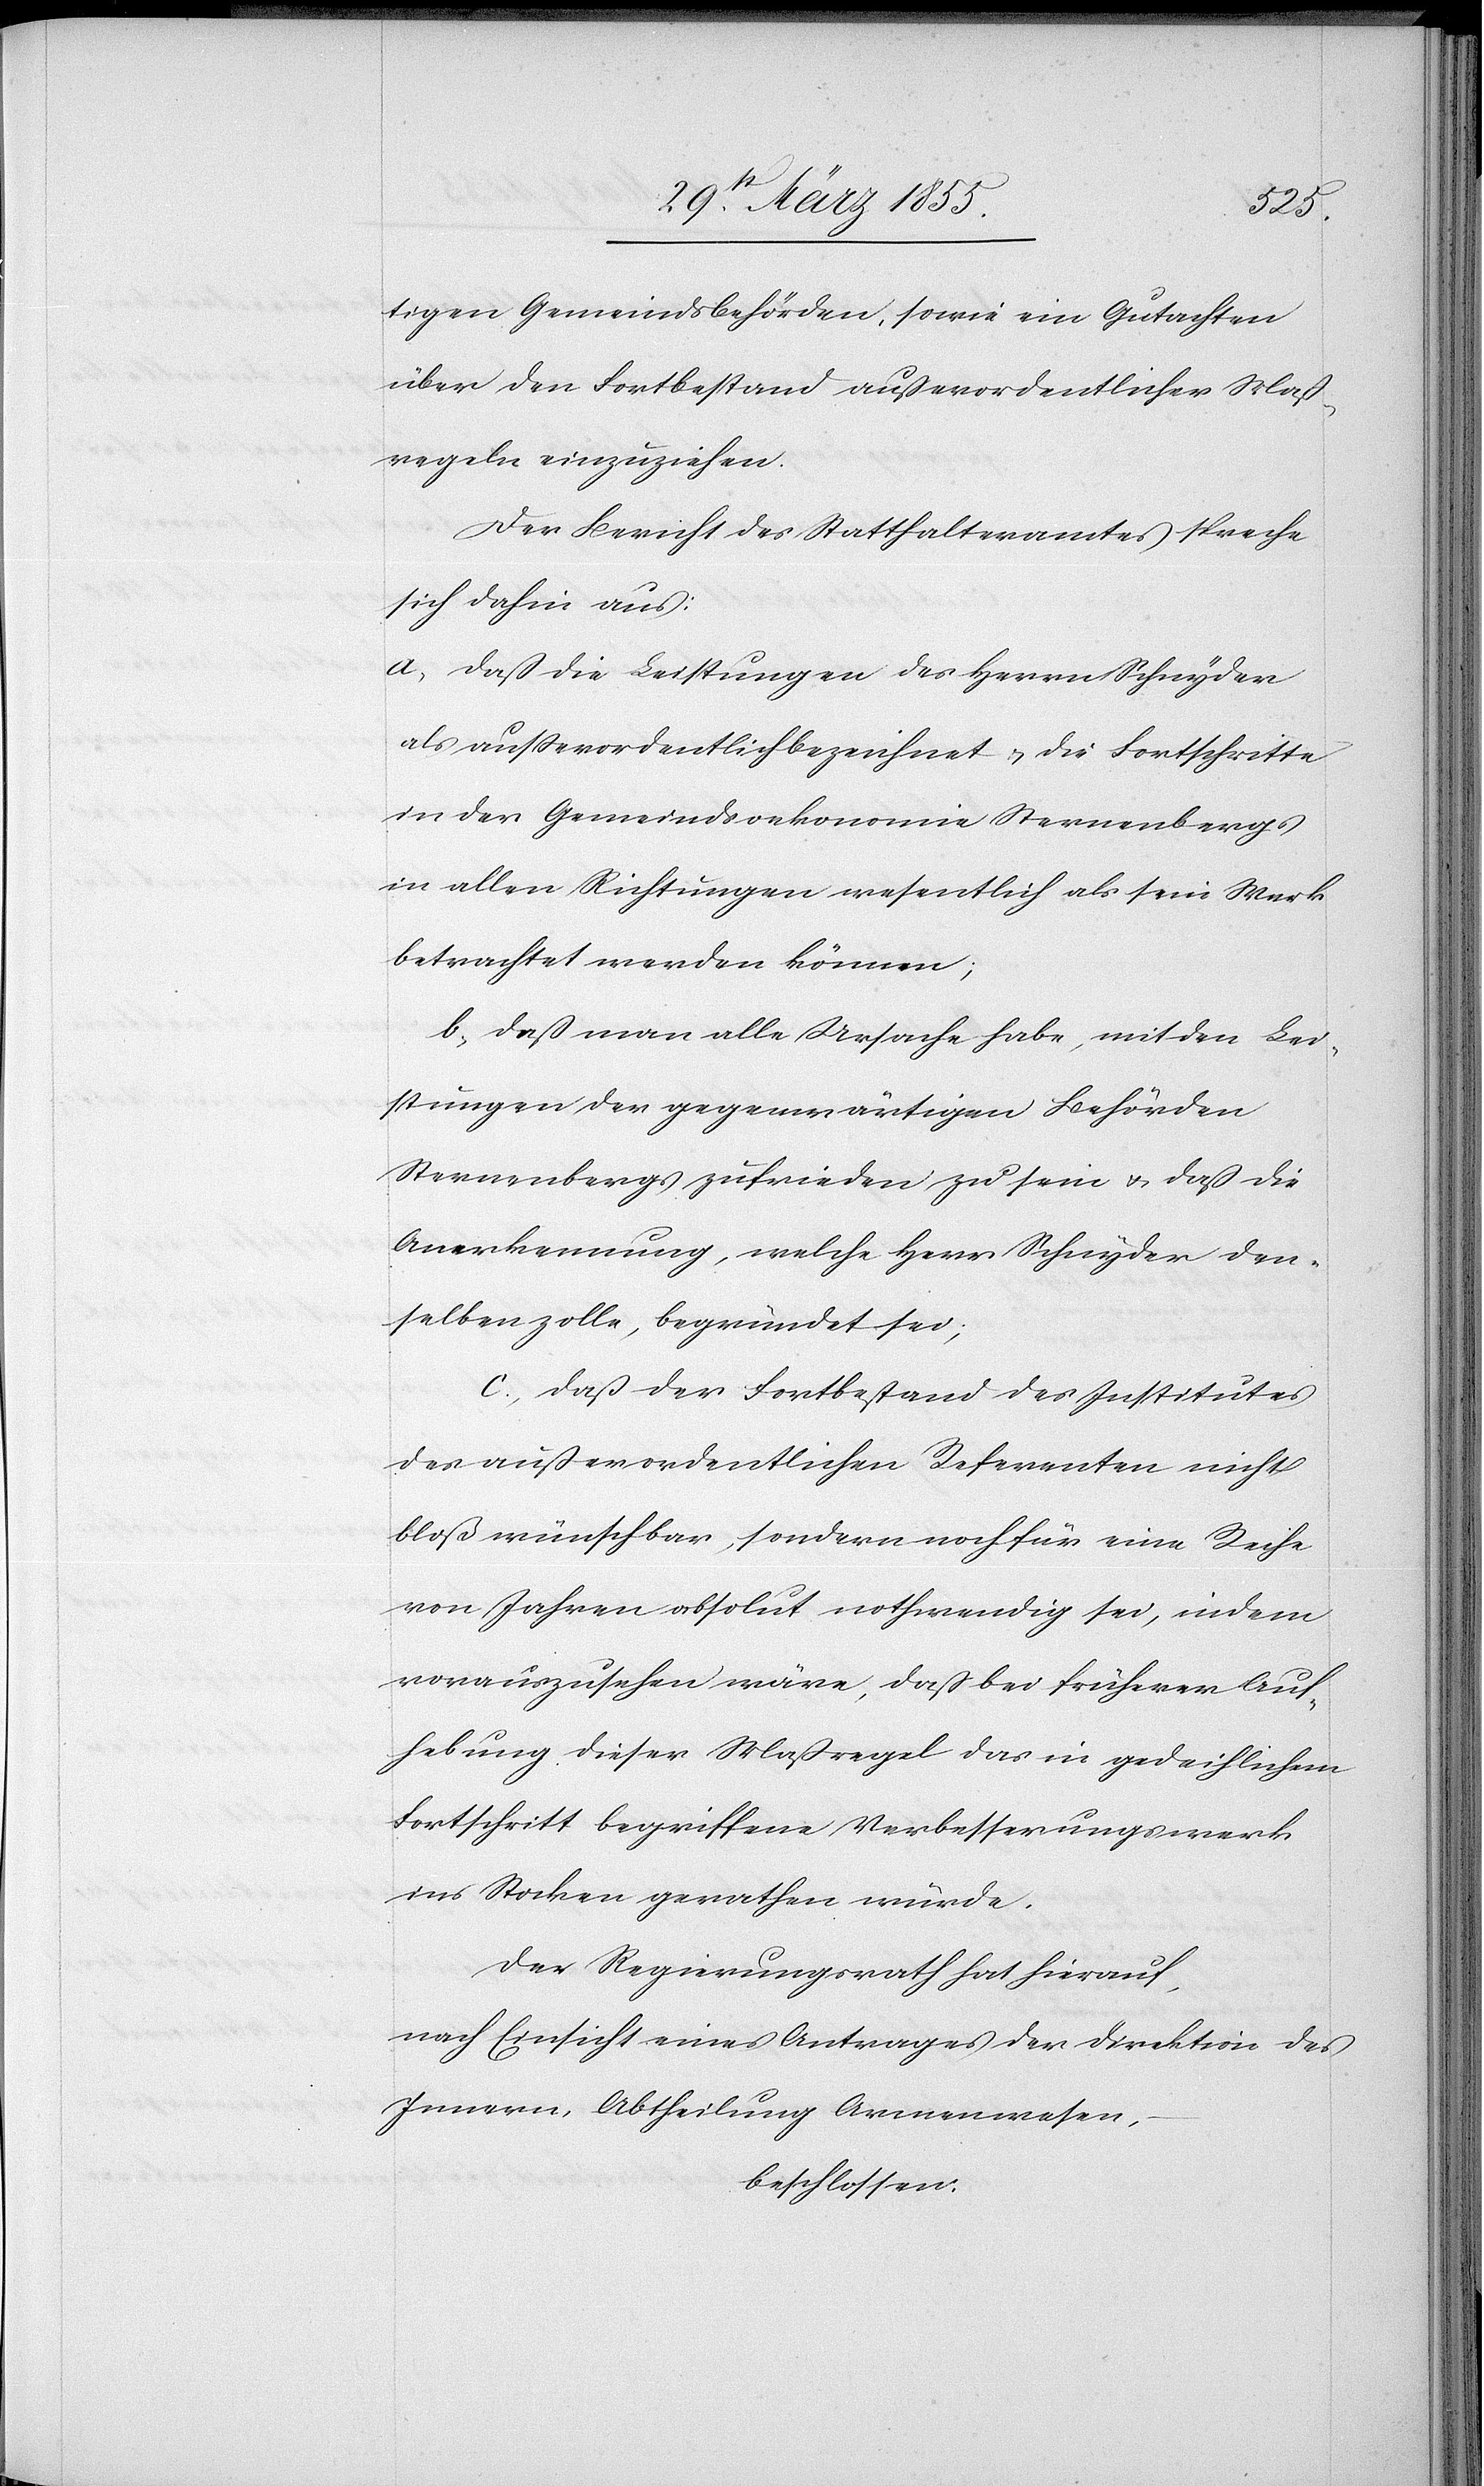
tigen Gemeindsbehörden, sowie ein Gutachten
über den Fortbestand außerordentlicher Maß¬
regeln einzuziehen.
Der Bericht des Statthalteramtes spreche
sich dahin aus:
a, daß die Leistungen des Herrn Schnyder
als ausserordentlich bezeichnet & die Fortschritte
in der Gemeindsoekonomie Sternenbergs
in allen Richtungen wesentlich als sein Werk
betrachtet werden können;
b, daß man alle Ursache habe, mit den Lei¬
stungen der gegenwärtigen Behörden
Sternenbergs zufrieden zu sein & daß die
Anerkennung, welche Herr Schnyder den¬
selben zolle, begründet sei;
c, daß der Fortbestand des Institutes
des außerordentlichen Referenten nicht
bloß wünschbar, sondern noch für eine Reihe
von Jahren absolut nothwendig sei, indem
vorauszusehen wäre, daß bei früherer Auf¬
hebung dieser Maßregel das in gedeihlichem
Fortschritt begriffene Verbesserungswerk
ins Stocken gerathen würde.
Der Regierungsrath hat hierauf,
nach Einsicht eines Antrages der Direktion des
Innern, Abtheilung Armenwesen,
beschlossen: